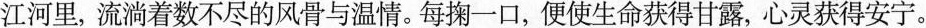
欢离合，________，此事古难全。但愿人长久，_。”……在文学的江河里，流淌着数不尽的风骨与温情。每掬一口，便使生命获得甘露，心灵获得安宁。